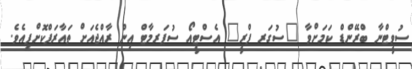
ސުވީޓްނާ ބްރޭންޑް ކަމަށްވާ "ސުގަރ ފްރީ" އެސްޓީއޯ ސުޕަރމާޓް އިން ރާއްޖެއަށް ތައާރަފްކޮށްފިއެވެ.